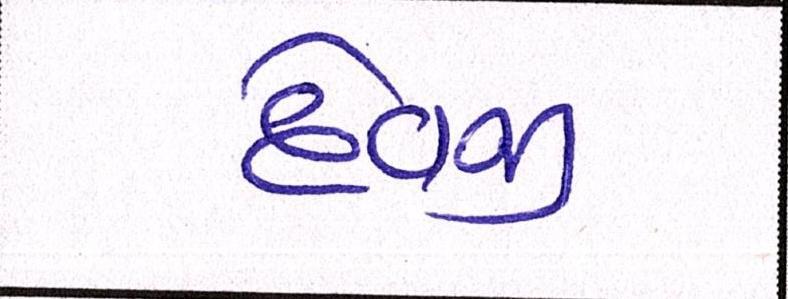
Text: દેવજી